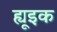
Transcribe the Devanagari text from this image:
ह्यूइक